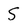
Character: S